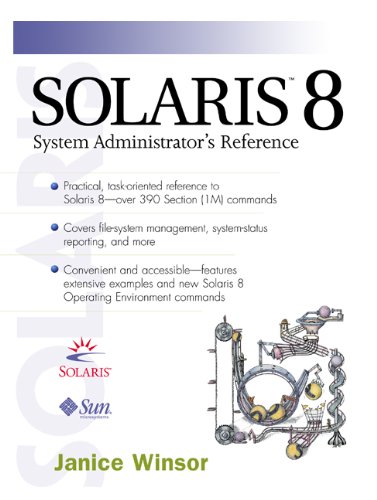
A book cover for Solaris 8 : System Administrator's Reference; Janice Winsor; Computers & Technology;